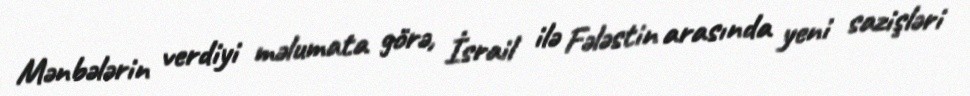
Mənbələrin verdiyi məlumata görə, İsrail ilə Fələstin arasında yeni sazişləri